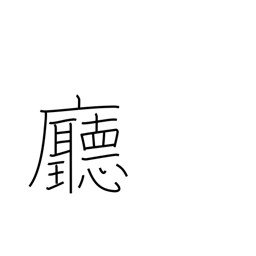
Meaning: hall